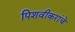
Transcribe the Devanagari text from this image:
पिशवीकरांचे